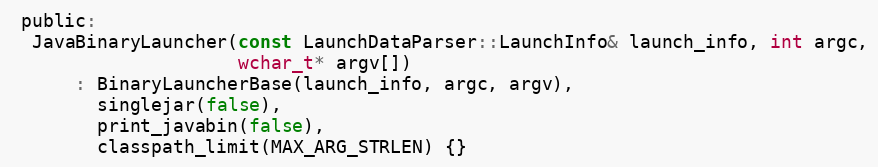
Language: C
 public:
  JavaBinaryLauncher(const LaunchDataParser::LaunchInfo& launch_info, int argc,
                     wchar_t* argv[])
      : BinaryLauncherBase(launch_info, argc, argv),
        singlejar(false),
        print_javabin(false),
        classpath_limit(MAX_ARG_STRLEN) {}